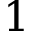
1